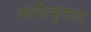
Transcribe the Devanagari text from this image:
सर्वोत्कृष्टता